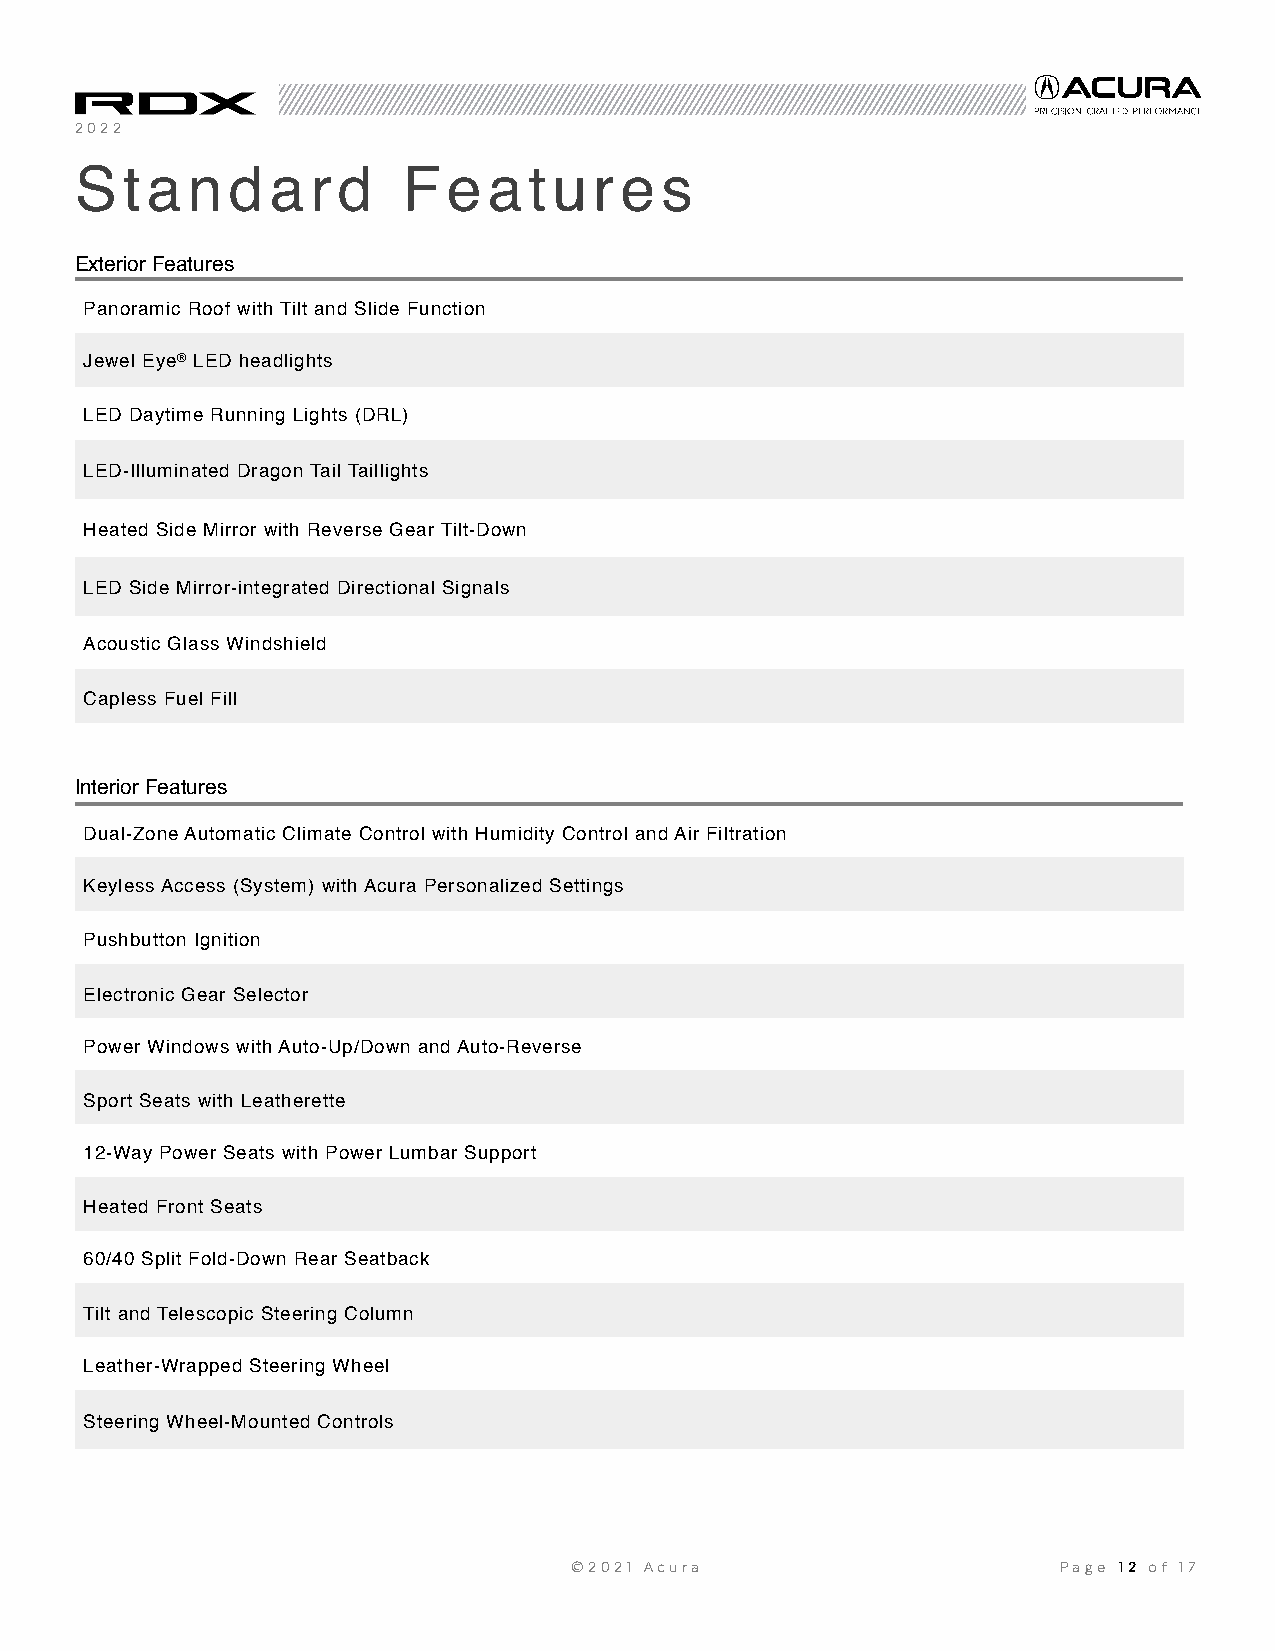
2022
 Standard              Featu       res
 Exterior Features
 Panoramic Roof with Tilt and Slide Function
 Jewel Eye® LED headlights
 LED Daytime Running Lights (DRL)
 LED-Illuminated Dragon Tail Taillights
 Heated Side Mirror with Reverse Gear Tilt-Down
 LED Side Mirror-integrated Directional Signals
 Acoustic Glass Windshield
 Capless Fuel Fill
 Interior Features
 Dual-Zone Automatic Climate Control with Humidity Control and Air Filtration
 Keyless Access (System) with Acura Personalized Settings
 Pushbutton Ignition
 Electronic Gear Selector
 Power Windows with Auto-Up/Down and Auto-Reverse
 Sport Seats with Leatherette
 12-Way Power Seats with Power Lumbar Support
 Heated Front Seats
 60/40 Split Fold-Down Rear Seatback
 Tilt and Telescopic Steering Column
 Leather-Wrapped Steering Wheel
 Steering Wheel-Mounted Controls
 ©2021 Acura                     Page 12 of 17